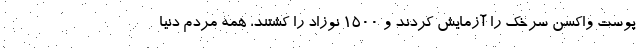
پوست واکسن سرخک را آزمایش کردند و 1500 نوزاد را کشتند، همه مردم دنیا